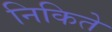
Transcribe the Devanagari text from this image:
निकिते